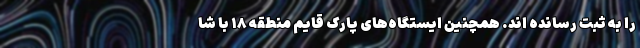
را به ثبت رسانده اند. همچنین ایستگاه‌های پارک قایم منطقه ۱۸ با شا